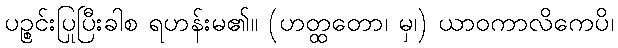
ပဉ္စင်းပြုပြီးခါစ ရဟန်းမ၏။ (ဟတ္ထတော၊ မှ၊) ယာဝကာလိကေပိ၊